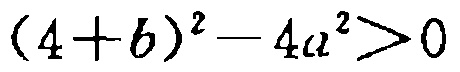
\((4 + b)^2 - 4a^2 > 0\)